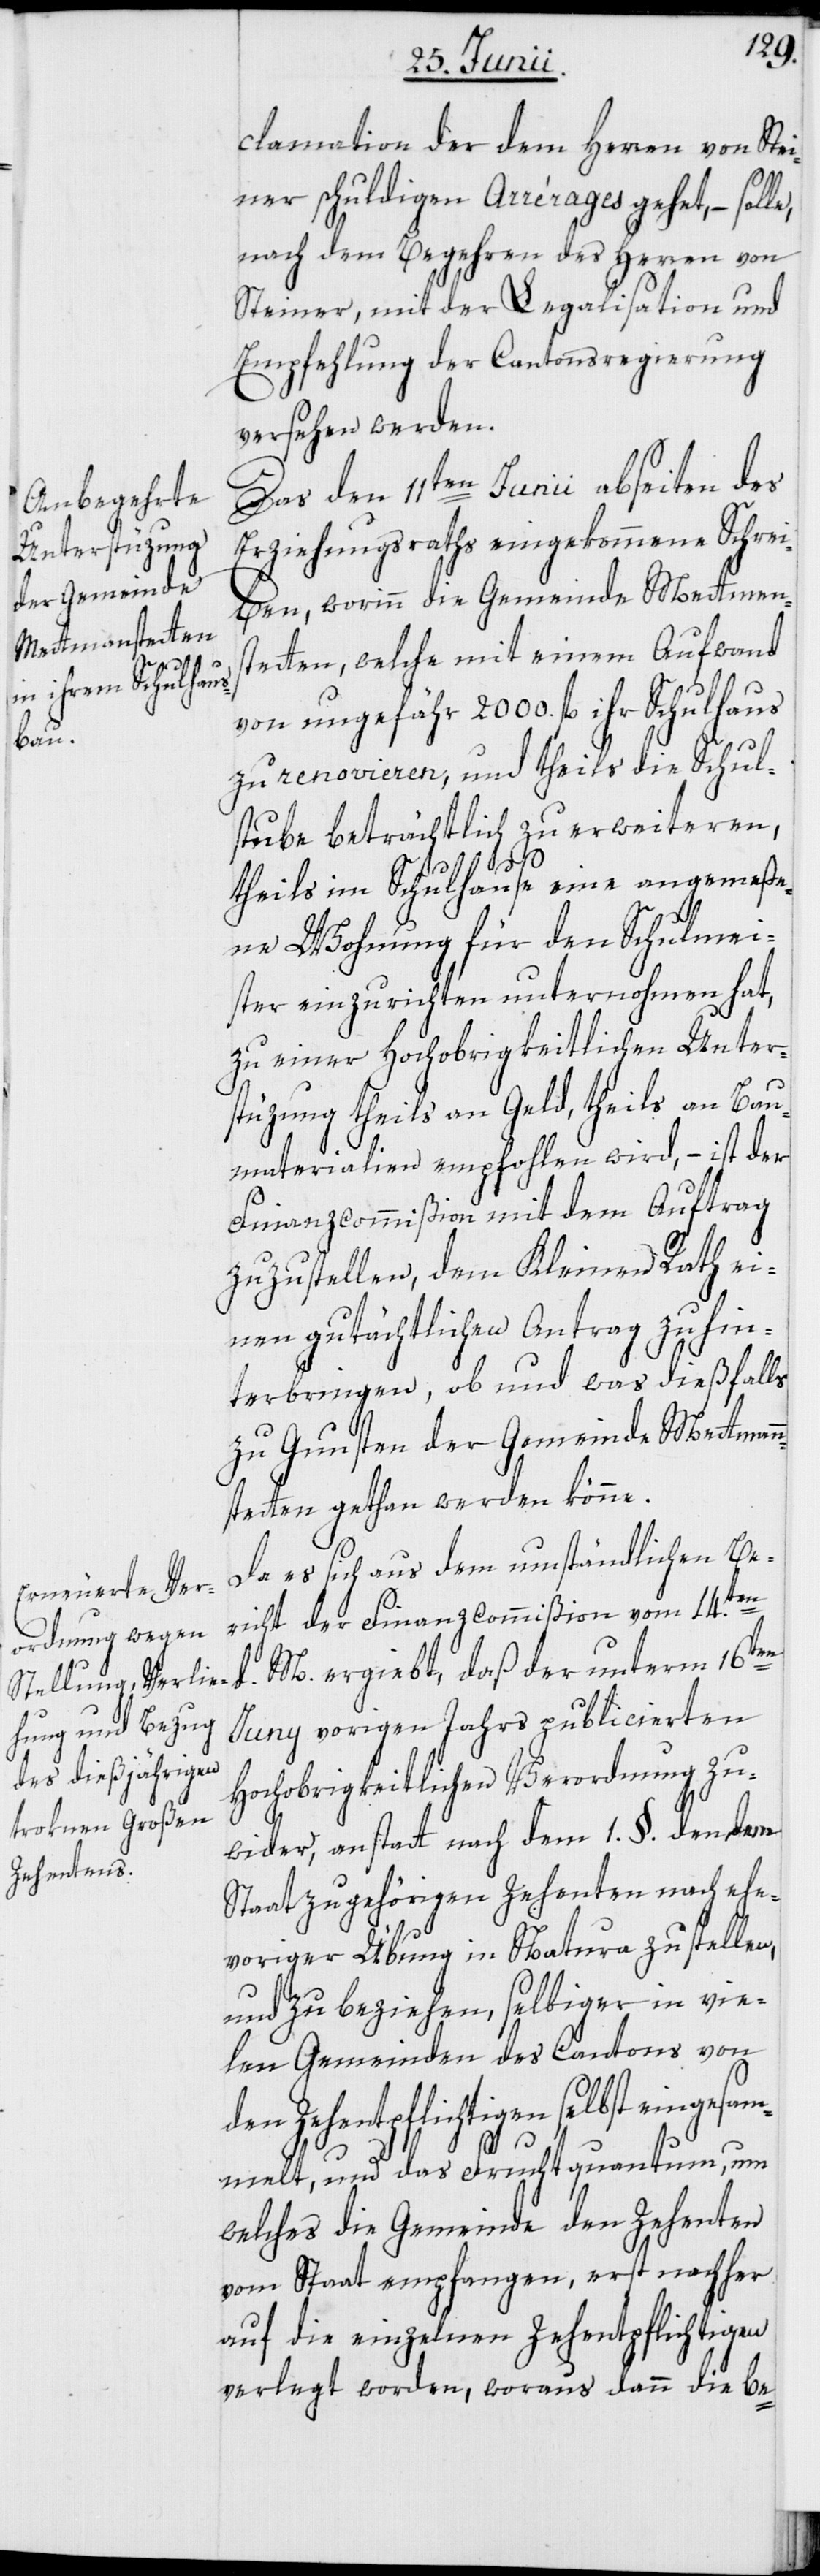
clamation der dem Herren von Stei¬
ner schuldigen Arrérages gehet, – solle,
nach dem Begehren des Herren von
Steiner, mit der Legalisation und
Empfehlung der Cantonsregierung
versehen werden.
Das den 11ten Junii abseiten des
Erziehungsraths eingekommene Schrei¬
ben, worinn die Gemeinde Mettmen¬
stetten, welche mit einem Aufwand
von ungefähr 2000. fl. ihr Schulhaus
zu renovieren, und theils die Schul¬
stube beträchtlich zu erweiteren,
theils im Schulhause eine angemeße¬
ne Wohnung für den Schulmei¬
ster einzurichten unternohmen hat,
zu einer Hochobrigkeitlichen Unter¬
stüzung theils an Geld, theils an Bau¬
materialien empfohlen wird, – ist der
Finanzcommißion mit dem Auftrag
zuzustellen, dem Kleinen Rath ei¬
nen gutächtlichen Antrag zu hin¬
terbringen, ob und was dießfalls
zu Gunsten der Gemeinde Mettmann¬
stetten gethan werden könne.
Da es sich aus dem umständlichen Be¬
richt der Finanzcommißion vom 14.ten
d. M. ergiebt, daß der unterm 16ten
Juny vorigen Jahrs publicierten
Hochobrigkeitlichen Verordnung zu¬
wider, anstatt nach dem 1. §. den dem
Staat zugehörigen Zehenten nach ehe¬
voriger Übung in Natura zu stellen,
und zu beziehen, selbiger in vie¬
len Gemeinden des Cantons von
den Zehentpflichtigen selbst eingesam¬
melt, und das Fruchtquantum, um
welches die Gemeinde den Zehenten
vom Staat empfangen, erst nachher
auf die einzelnen Zehentpflichtigen
verlegt worden, woraus dann die be-